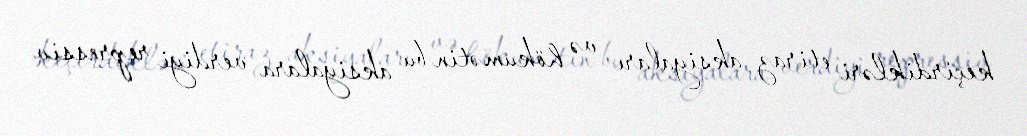
keçirdikləri etiraz aksiyaları və hökumətin bu aksiyalara verdiyi repressiv